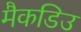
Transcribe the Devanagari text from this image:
मैकडिउ